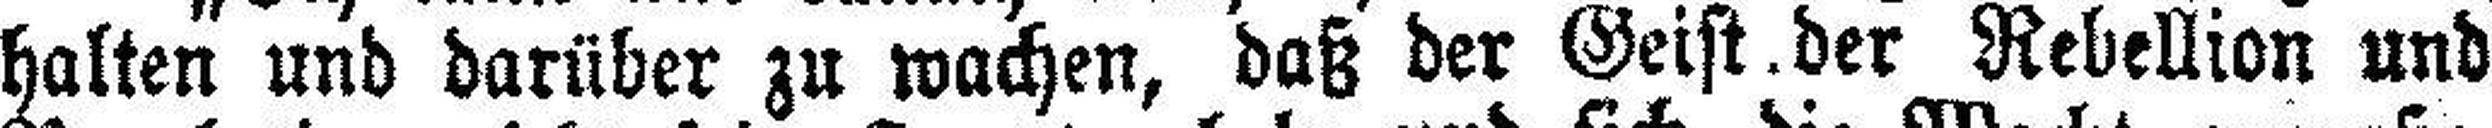
halten und darüber zu wachen, daß der Geist der Rebellion und